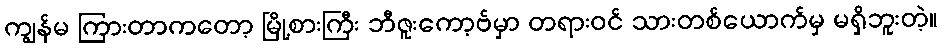
ကျွန်မ ကြားတာကတော့ မြို့စားကြီး ဘီဇူးကော့ဗ်မှာ တရားဝင် သားတစ်ယောက်မှ မရှိဘူးတဲ့။